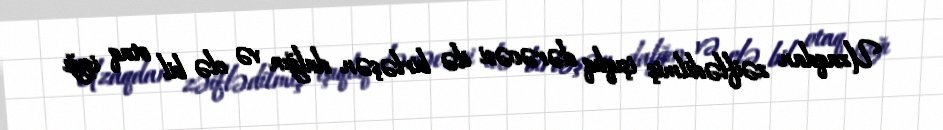
Uzaqdan zəiflədilmiş işıqlıq dərəcəsi ilə birləşən dalğın və elə bil otaq işığı